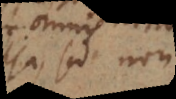
quod non